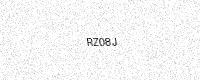
Text: RZ08J